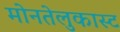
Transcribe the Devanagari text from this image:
मोनतेलुकास्ट